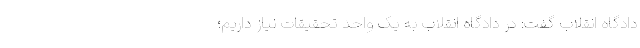
دادگاه انقلاب گفت: در دادگاه انقلاب به یک واحد تحقیقات نیاز داریم؛